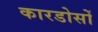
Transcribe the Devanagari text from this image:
कारडोसों